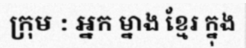
ក្រុម : អ្នក ម្នាង ខ្មែរ ក្នុង